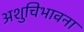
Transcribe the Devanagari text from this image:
अशुचिभावना